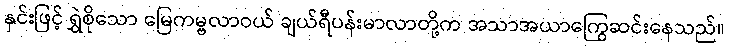
နှင်းဖြင့် ရွှဲစိုသော မြေကမ္ဗလာဝယ် ချယ်ရီပန်းမာလာတို့က အသာအယာကြွေဆင်းနေသည်။